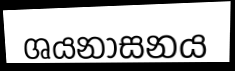
ශයනාසනය